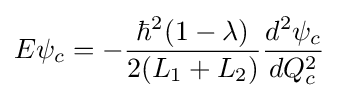
E\psi _{c}=-{\frac {\hbar ^{2}(1-\lambda )}{2(L_{1}+L_{2})}}{\frac {d^{2}\psi _{c}}{dQ_{c}^{2}}}